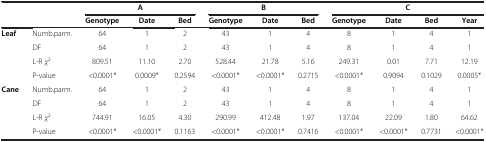
<table><thead><tr><td><b> </b></td><td><b> </b></td><td colspan="3"><b>A</b></td><td colspan="3"><b>B</b></td><td colspan="4"><b>C</b></td></tr><tr><td><b> </b></td><td><b> </b></td><td><b>Genotype</b></td><td><b>Date</b></td><td><b>Bed</b></td><td><b>Genotype</b></td><td><b>Date</b></td><td><b>Bed</b></td><td><b>Genotype</b></td><td><b>Date</b></td><td><b>Bed</b></td><td><b>Year</b></td></tr></thead><tbody><tr><td><b>Leaf</b></td><td>Numb.parm.</td><td>64</td><td>1</td><td>2</td><td>43</td><td>1</td><td>4</td><td>8</td><td>1</td><td>4</td><td>1</td></tr><tr><td> </td><td>DF</td><td>64</td><td>1</td><td>2</td><td>43</td><td>1</td><td>4</td><td>8</td><td>1</td><td>4</td><td>1</td></tr><tr><td> </td><td>L-R <i>χ</i><sup>2</sup></td><td>809.51</td><td>11.10</td><td>2.70</td><td>528.44</td><td>21.78</td><td>5.16</td><td>249.31</td><td>0.01</td><td>7.71</td><td>12.19</td></tr><tr><td> </td><td>P-value</td><td>&lt;0.0001*</td><td>0.0009*</td><td>0.2594</td><td>&lt;0.0001*</td><td>&lt;0.0001*</td><td>0.2715</td><td>&lt;0.0001*</td><td>0.9094</td><td>0.1029</td><td>0.0005*</td></tr><tr><td><b>Cane</b></td><td>Numb.parm.</td><td>64</td><td>1</td><td>2</td><td>43</td><td>1</td><td>4</td><td>8</td><td>1</td><td>4</td><td>1</td></tr><tr><td> </td><td>DF</td><td>64</td><td>1</td><td>2</td><td>43</td><td>1</td><td>4</td><td>8</td><td>1</td><td>4</td><td>1</td></tr><tr><td> </td><td>L-R <i>χ</i><sup>2</sup></td><td>744.91</td><td>16.05</td><td>4.30</td><td>290.99</td><td>412.48</td><td>1.97</td><td>137.04</td><td>22.09</td><td>1.80</td><td>64.62</td></tr><tr><td> </td><td>P-value</td><td>&lt;0.0001*</td><td>&lt;0.0001*</td><td>0.1163</td><td>&lt;0.0001*</td><td>&lt;0.0001*</td><td>0.7416</td><td>&lt;0.0001*</td><td>&lt;0.0001*</td><td>0.7731</td><td>&lt;0.0001*</td></tr></tbody></table>